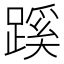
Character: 蹊